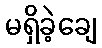
မရှိခဲ့ချေ